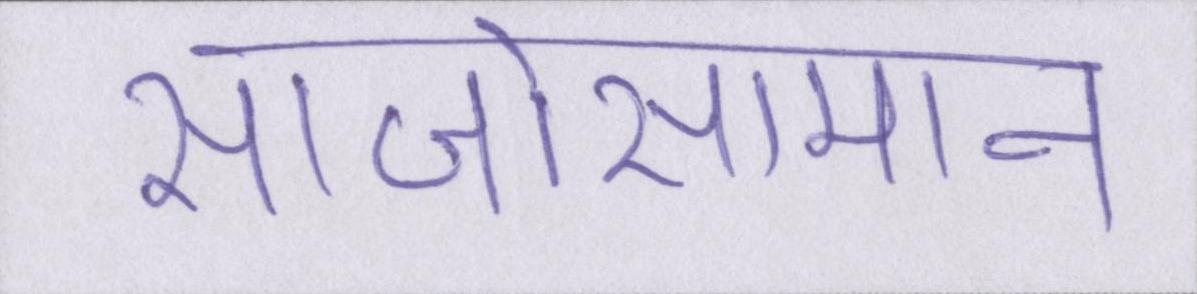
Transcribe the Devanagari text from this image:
साजोसामान